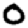
Digit: 0